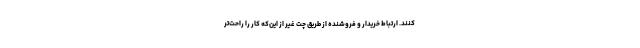
کنند. ارتباط خریدار و فروشنده از طریق چت غیر از این‌که کار را راحت‌تر